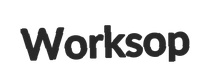
Worksop